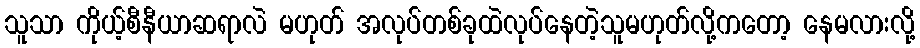
သူသာ ကိုယ့်စီနီယာဆရာလဲ မဟုတ် အလုပ်တစ်ခုထဲလုပ်နေတဲ့သူမဟုတ်လို့ကတော့ နေမလားလို့